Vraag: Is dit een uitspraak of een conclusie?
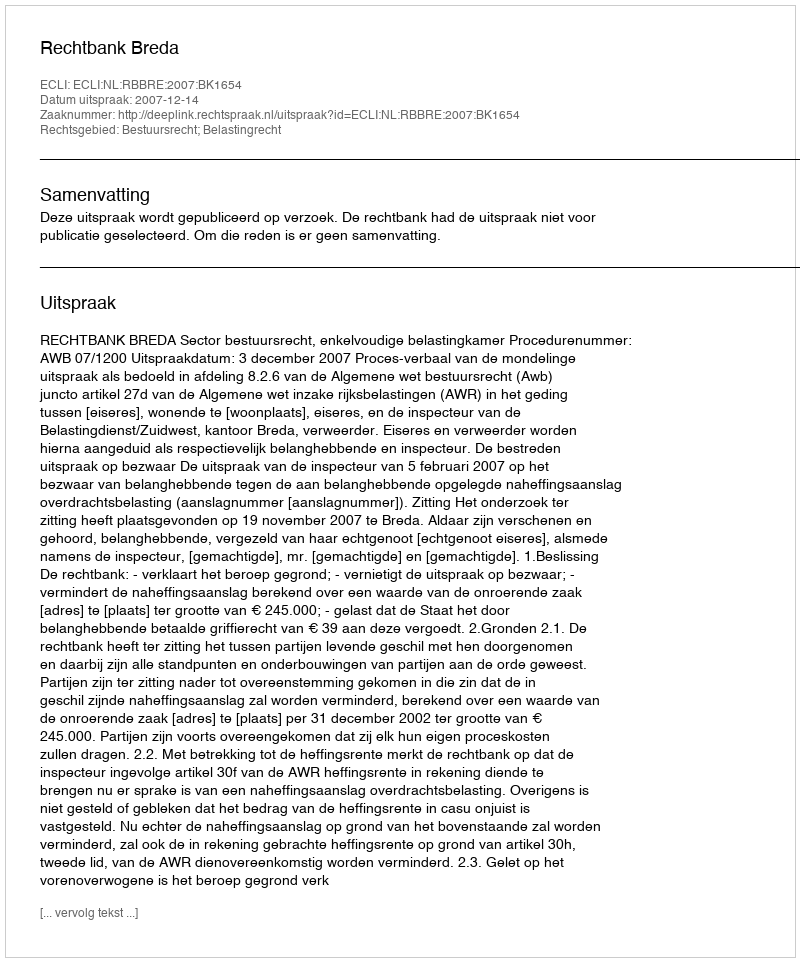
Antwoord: Uitspraak